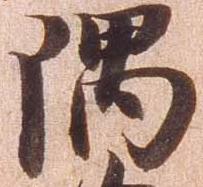
隅